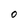
Character: O